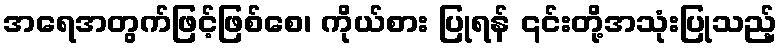
အရေအတွက်ဖြင့်ဖြစ်စေ၊ ကိုယ်စား ပြုရန် ၎င်းတို့အသုံးပြုသည့်